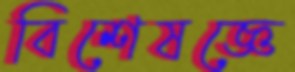
বিশেষজ্ঞে